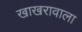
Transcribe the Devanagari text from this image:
खाखरावाला